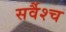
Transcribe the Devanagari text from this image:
सर्वैश्‍च